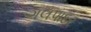
ગલપાદર